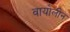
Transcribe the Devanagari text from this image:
वायोलीन